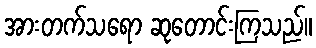
အားတက်သရော ဆုတောင်းကြသည်။